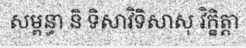
សម្ពន្ធា និ ទិសាវិទិសាសុ វិក្ខិត្តា